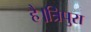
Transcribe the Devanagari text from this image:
है।त्रिपुरा